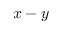
x - y